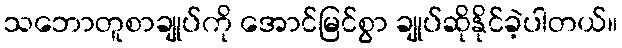
သဘောတူစာချုပ်ကို အောင်မြင်စွာ ချုပ်ဆိုနိုင်ခဲ့ပါတယ်။